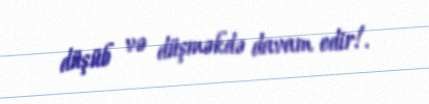
düşüb və düşməkdə davam edir!.